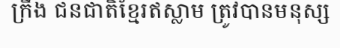
ក្រឹង ជនជាតិខ្មែរឥស្លាម ត្រូវបានមនុស្ស